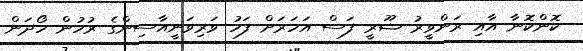
ކޮންކޮނާ އާއި ރަންވީރު ޝޫރީ ފަސް އަހަރަށް ފަހު ވަރިވަނީއާސިންގެ ރުހުން ހޯދަން